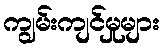
ကျွမ်းကျင်မှုများ